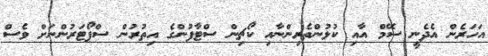
އަހަރެން އެދެނީ ސޭމް އާއި ކުޅުންތެރިންނާއި ކޯޗިން ސްޓާފުންގެ އިތުރުން ސްޕޯޓަރުންނަށް ވެސް